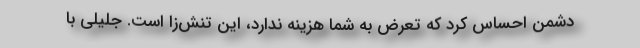
دشمن احساس کرد که تعرض به شما هزینه ندارد، این تنش‌زا است. جلیلی با